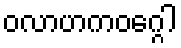
ဝလာဟကဝဂ္ဂေါ